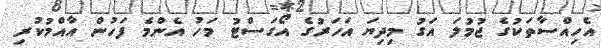
އެހިއްސާތަކުގެ ޖުމުލަ އަގު މިދިޔަ އަހަރުގެ އޯގަސްޓު މަހު އެންމެ ފަހުން އާއްމުކުރި